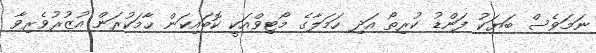
ނަމަވެސް ބަޔަކު ފަންޑު ކުރިތޯ އަދި ހަމަލާގެ މޯޓިވްއަކީ ކޮބައިކަން ހާމަކުރަން އުޒުރުވެރިވާ